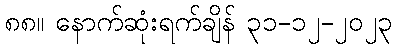
၈၈။ နောက်ဆုံးရက်ချိန် ၃၁-၁၂-၂၀၂၃